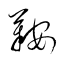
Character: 鞍